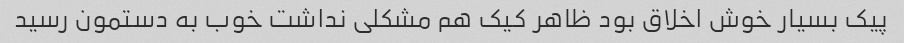
پیک بسیار خوش اخلاق بود ظاهر کیک هم مشکلی نداشت خوب به دستمون رسید